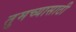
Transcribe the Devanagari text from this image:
तुमच्यासाठी